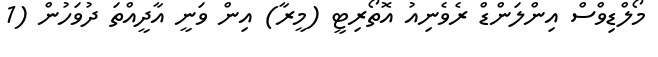
މޯލްޑިވްސް އިންލަންޑް ރެވެނިއު އޮތޯރިޓީ (މީރާ) އިން ވަނީ އާދީއްތަ ދުވަހުން (1